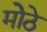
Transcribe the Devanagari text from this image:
मोेठे